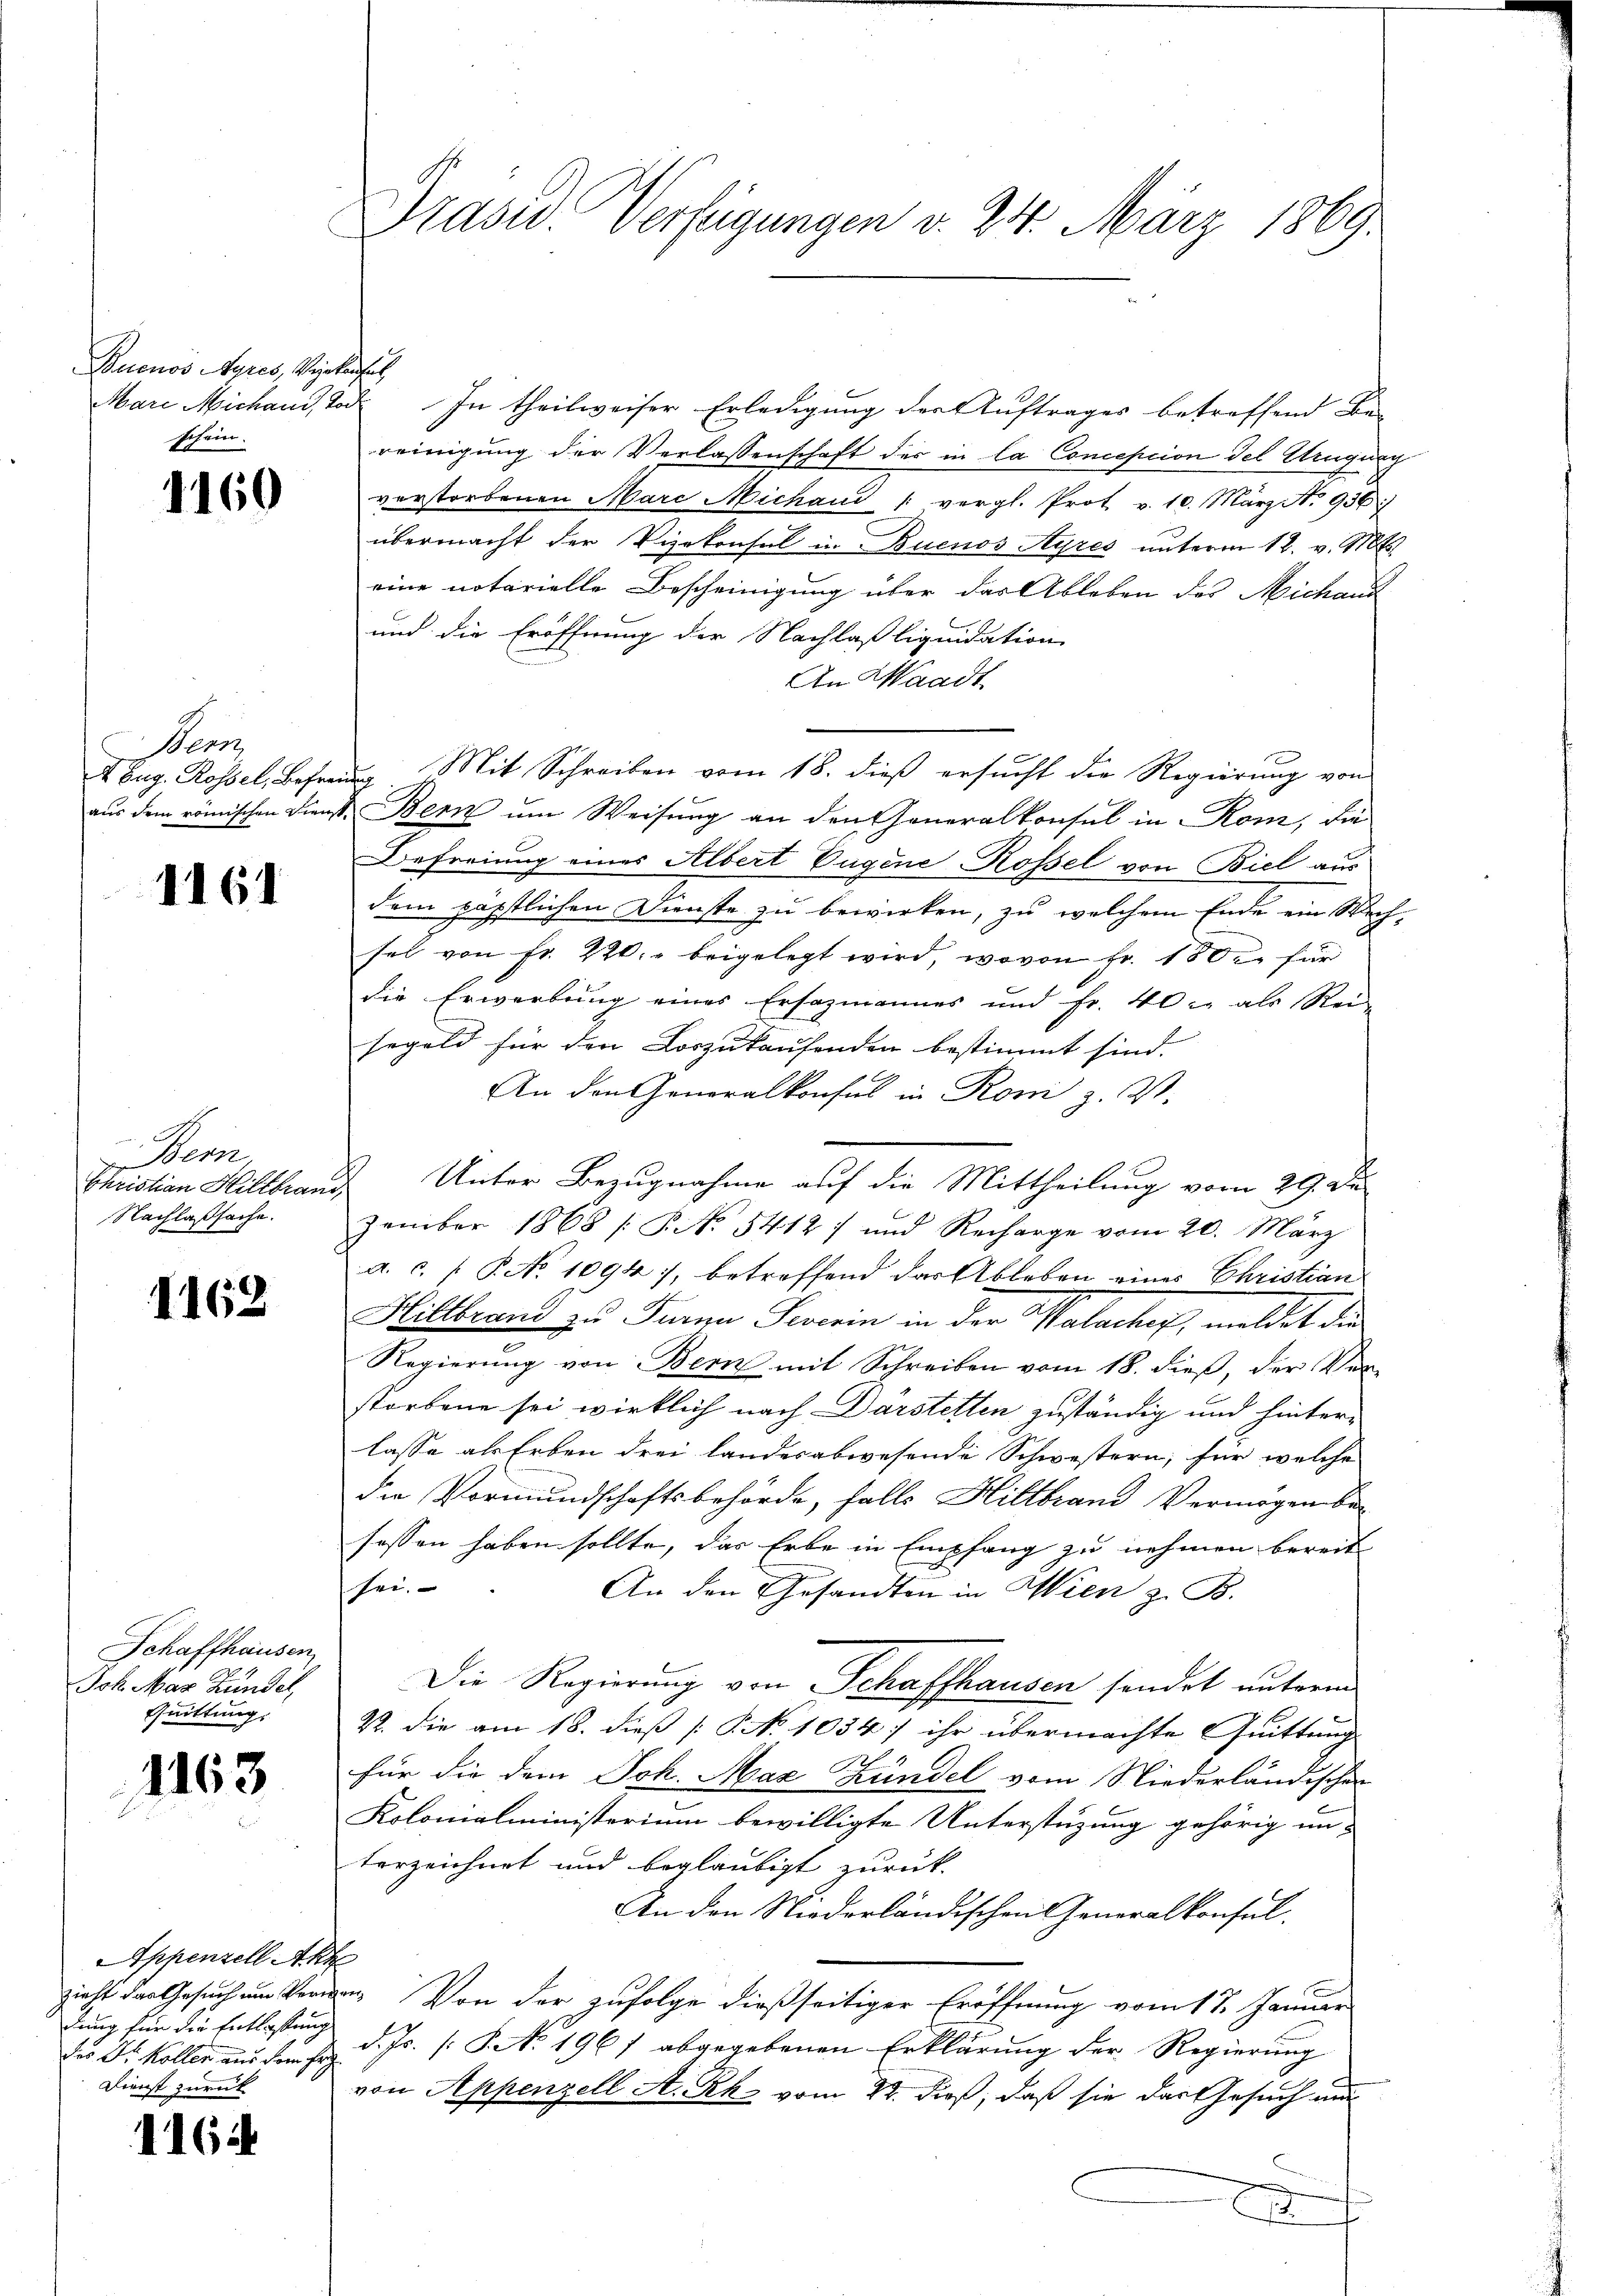
Buenos Ayres, Verkaufel
schein.

1160

Wer

1161

e
Bem.
Christian Hillbran
Nachlaßsache.

1162

Schaffhausen,
Joh. Max Rundet
Quittung.

1163

AAppenzell Akr
zieht das Gesuch um Verm
dung für die Entlassung
des Dr. Koller aus dem Erg
Dienst zurück

1164

Präsid. Verfügungen v. 24. März 1869.

Mare Michand, Tod. In theilweiser Erledigung der Auftrages betreffend Be-
reinigung der Verlassenschaft der in la Conception del Etruquen
verstorbenen Marc Michand 1 vergl. Prot. v. 10. März No. 936)
übermacht der Vizekonsul in Buenos Ayres unterm 12. v. Mts.
eine notarielle Bescheinigung über das Ableben des Michand
und die Eröffnung der Nachlaßliquidation
An Waadt
Eug. Rossel, Befrei Mit Schreiben vom 18. dieß ersucht die Regierung von
aus dem römischen Dienst Bern um Weisung an den Generalkonsul in Rom, da
Befreiung eines Albert Eugene Rossel von Biel aus
dem päpstlichen Dienste zu bewirken, zu welchem Ende ein Wechsel von Fr. 220. beigelegt wird, wovon Fr. 180 u. für
die Erwerbung eines Ersazmannes und fr. 40 u. als Rei-
segeld für den Loszukaufenden bestimmt sind.
An den Generalkonsul in Rom z. V.
Unter Bezugnahme auf die Mittheilung vom 29. De
zember 1868 [P No 5412) und Recharge vom 20. März
a. c. P. No 1094), betreffend der Ableben eines Christian
Hillbrand zu Turna Severin in der Walacher, meldet die
Regierŭng von Bern mit Schreiben vom 18. dieβ, der Ver-
storbene sei wirklich nach Darstetten zuständig und hinter-
lasse als Erben drei Landesabwesende Schwestern, für welche
die Vormundschaftsbehörde, falls Hiltbrand Vermögen besessen haben sollte, das Erbe in Empfang zu nehmen bereit
shei
An den Gesandten in Wien z. B.
Die Regierung von Schaffhausen sendet unterm
R. die am 18. dieß [No 1034] ihr übermachte Quittung
für die dem Joh. Max Kundel vom Niederländischen
Kolonialministerium bewilligte Unterstüzung gehörig un-
terzeichnet und beglaubigt zurück.
An den Niederländischen Generalkonsul-
t
an. Von der zufolge dießseitiger Eröffnung vom 17. Januar
d. Js. [S. No. 1967 abgegebenen Erklärung der Regierung
von Appenzell A. Rh. vom 22. dieß, daß sie das Gesuch und
x